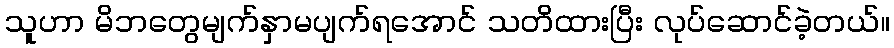
သူဟာ မိဘတွေမျက်နှာမပျက်ရအောင် သတိထားပြီး လုပ်ဆောင်ခဲ့တယ်။